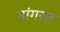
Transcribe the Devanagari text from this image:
नांगरत